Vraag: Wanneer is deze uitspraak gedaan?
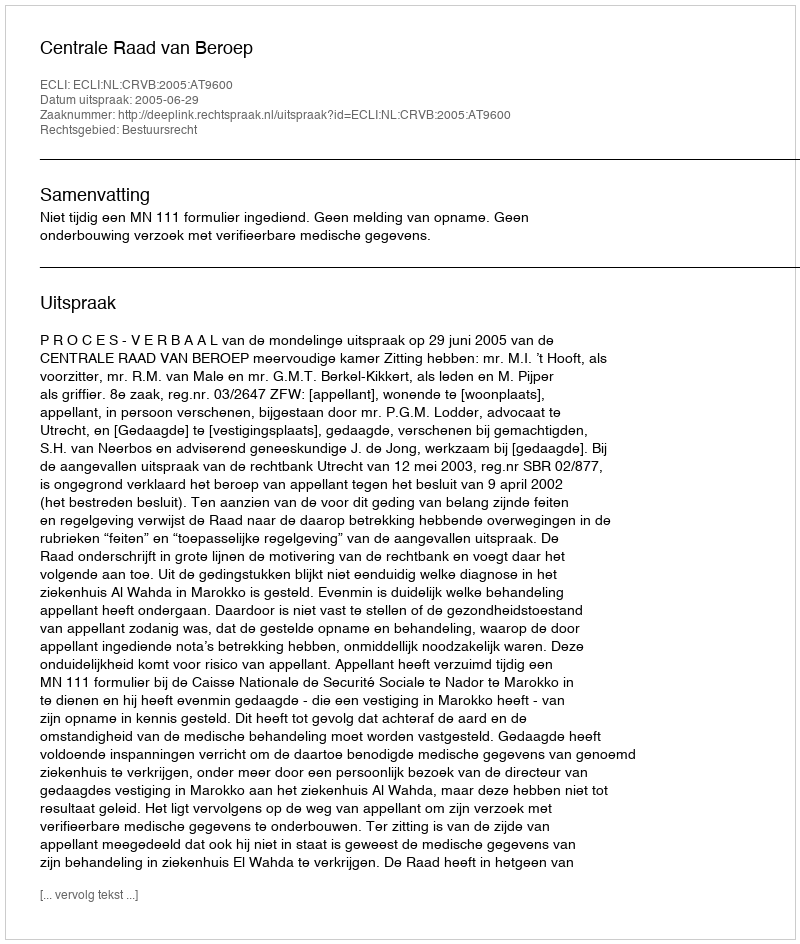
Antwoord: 2005-06-29